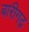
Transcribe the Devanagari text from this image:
बारीगढ़